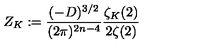
Z _ { K } : = \frac { ( - D ) ^ { 3 / 2 } } { ( 2 \pi ) ^ { 2 n - 4 } } \frac { \zeta _ { K } ( 2 ) } { 2 \zeta ( 2 ) }